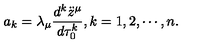
a _ { k } = \lambda _ { \mu } { \frac { d ^ { k } \ddot { z } ^ { \mu } } { d \tau _ { 0 } ^ { k } } } , k = 1 , 2 , \cdots , n .